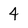
Character: 4